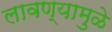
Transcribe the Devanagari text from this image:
लावण्यामुळे